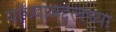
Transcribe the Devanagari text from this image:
यांच्याबद्दलच्या